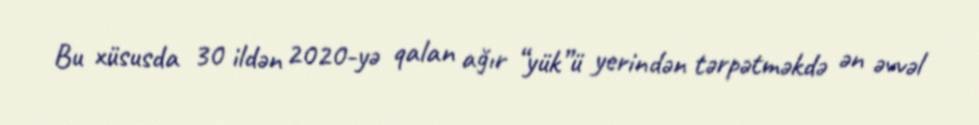
Bu xüsusda 30 ildən 2020-yə qalan ağır “yük”ü yerindən tərpətməkdə ən əvvəl